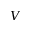
V